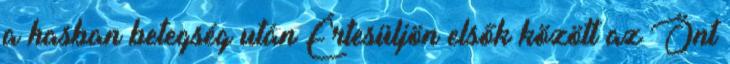
a hasban betegség után Értesüljön elsők között az Önt